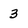
Character: 3